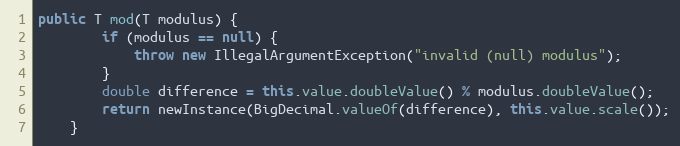
Language: Java
public T mod(T modulus) {
        if (modulus == null) {
            throw new IllegalArgumentException("invalid (null) modulus");
        }
        double difference = this.value.doubleValue() % modulus.doubleValue();
        return newInstance(BigDecimal.valueOf(difference), this.value.scale());
    }